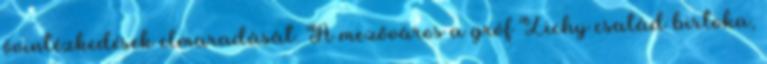
óvintézkedések elmaradását. A mezőváros a gróf Zichy család birtoka,